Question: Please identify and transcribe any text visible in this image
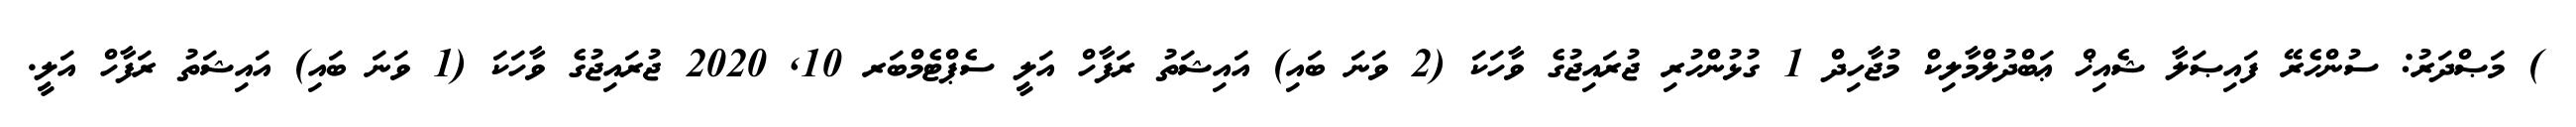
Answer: ) މަޞްދަރު: ސުންހެރޭ ފައިޞަލާ ޝެއިޚް ޢަބްދުލްމާލިކް މުޖާހިދް 1 ގުޅުންހުރި ޖުރައިޖުގެ ވާހަކަ (2 ވަނަ ބައި) އައިޝަތު ރަފާހް އަލީ ސެޕްޓެމްބަރ 10, 2020 ޖުރައިޖުގެ ވާހަކަ (1 ވަނަ ބައި) އައިޝަތު ރަފާހް އަލީ.